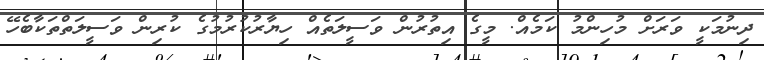
ދިނުމަކީ ވަރަށް މުހިންމު ކަމެއް. މީގެ އިތުރުން ވަސީލަތެއް ހިޔާރުކުރުމުގެ ކުރިން ވަސީލަތްތަކާބެހޭ